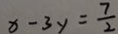
x - 3 y = \frac { 7 } { 2 }